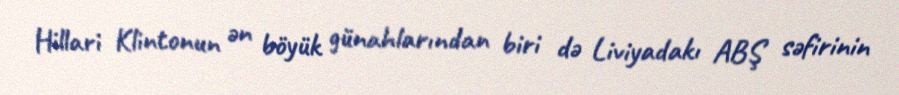
Hillari Klintonun ən böyük günahlarından biri də Liviyadakı ABŞ səfirinin